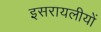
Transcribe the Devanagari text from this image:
इसरायलीयों